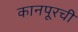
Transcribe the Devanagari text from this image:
कानपूरची